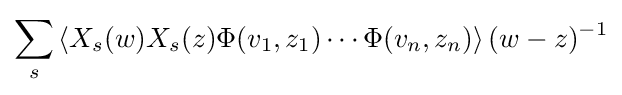
\sum _{s}\left\langle X_{s}(w)X_{s}(z)\Phi (v_{1},z_{1})\cdots \Phi (v_{n},z_{n})\right\rangle (w-z)^{-1}